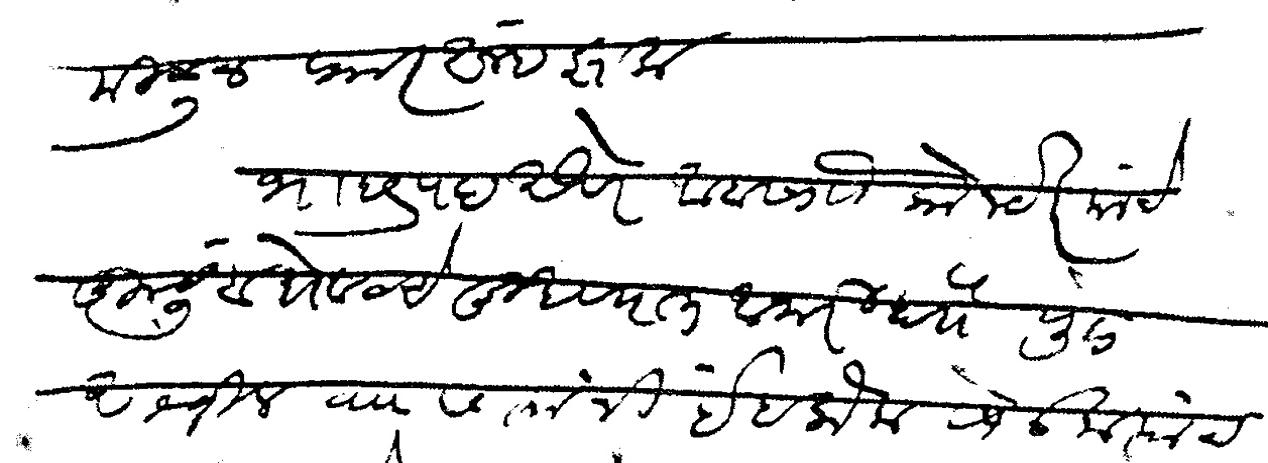
Transliteration (Devanagari): मिळून फार आनंद झाला भाद्रपदअखेर आबासाो कोलटकर यांचे कुटुंब शेवटचे दुखण्यात आजारी होते पुढे अश्विन व ७ त्यांनी इहलोक सोडला त्यांच